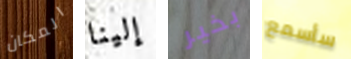
المكان إلينا بخير سأسمع